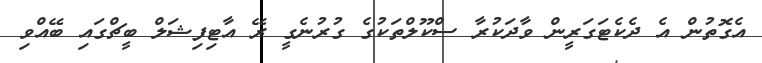
އެގޮތުން އެ ދެކެޓަގަރީން ވާދަކުރާ ސްކޫލްތަކުގެ ގުރުނެގީ ރޭ އާޓިފިޝަލް ބީޗްގައި ބޭއްވި